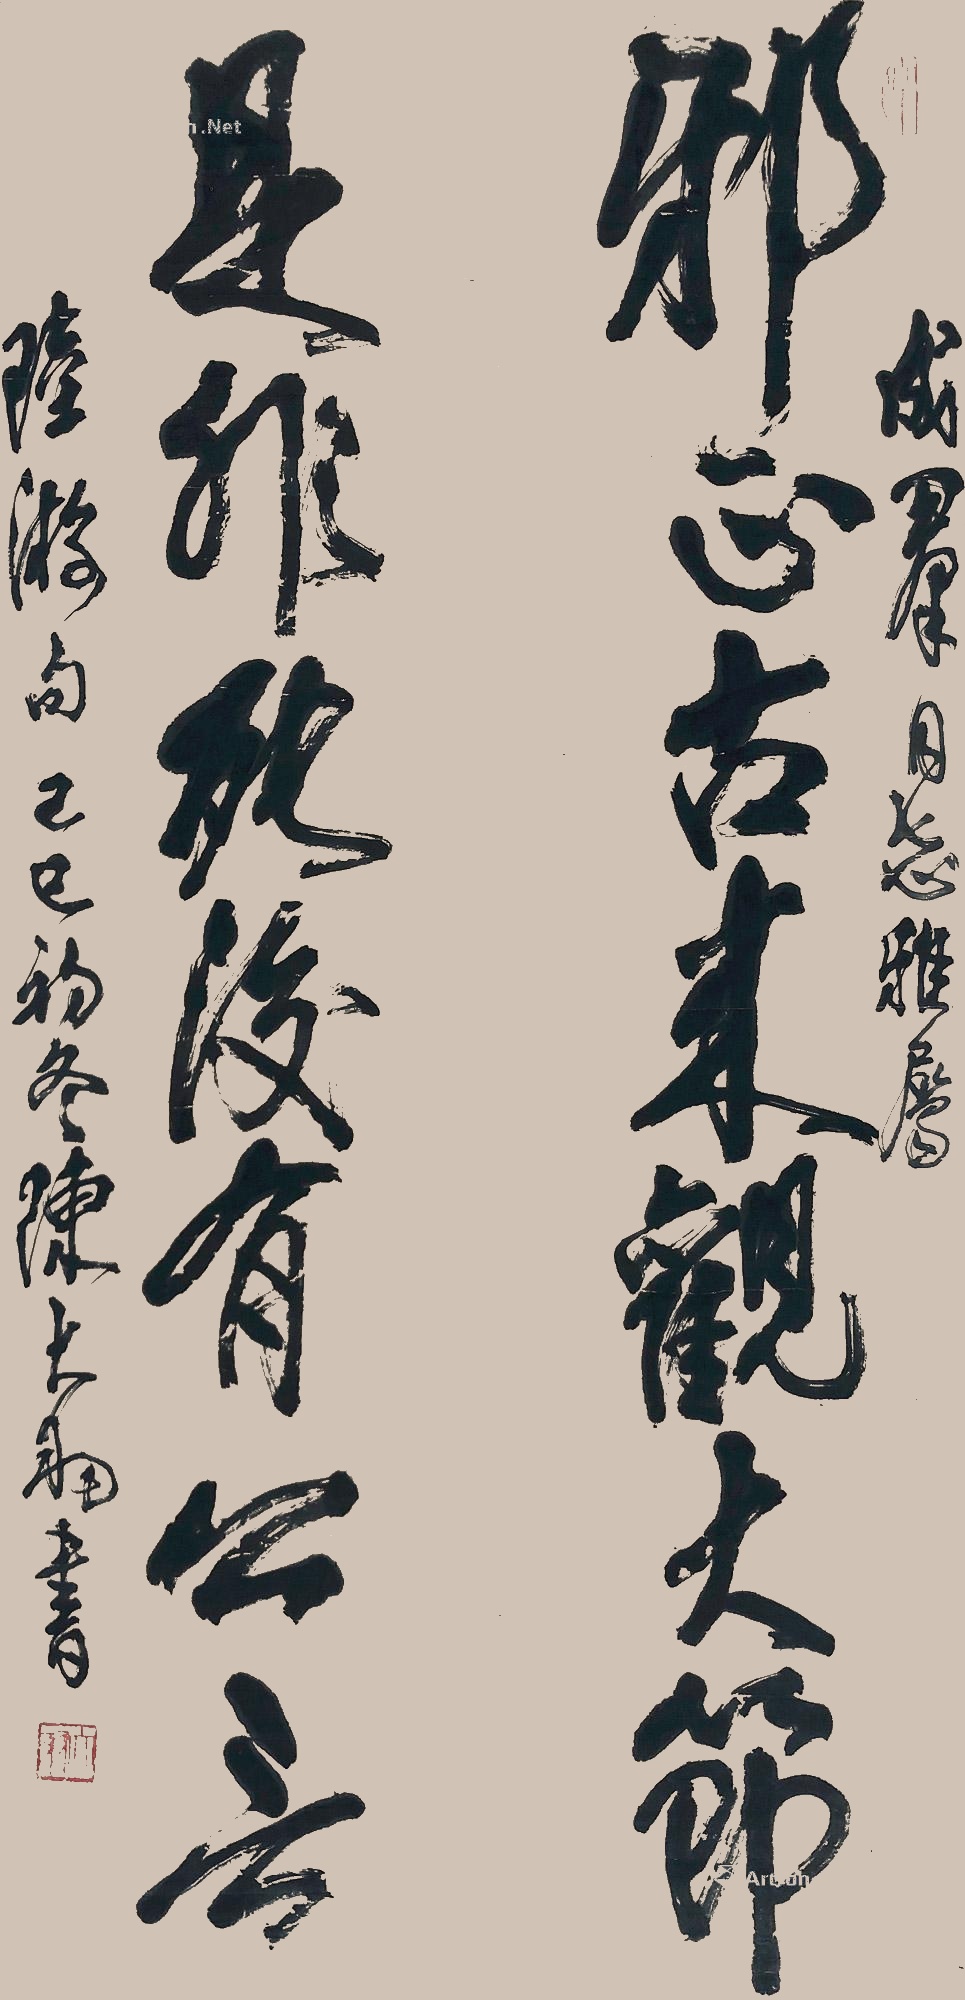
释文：邪正古来观大节，是非死后有公言。成群同志雅属。陆游句，己亥初冬，陈大羽书。